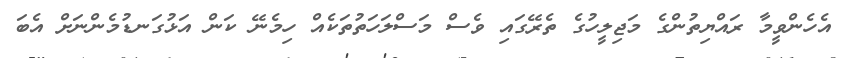
އެހެންވީމާ ރައްޔިތުންގެ މަޖިލީހުގެ ތެރޭގައި ވެސް މަސްލަހަތުތަކެއް ހިމެނޭ ކަން އަޅުގަނޑުމެންނަށް އެބަ